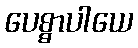
ပေစ္စာပါယေ